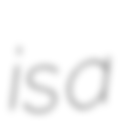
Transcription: is a